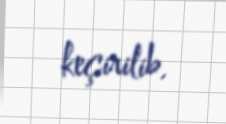
keçirilib.